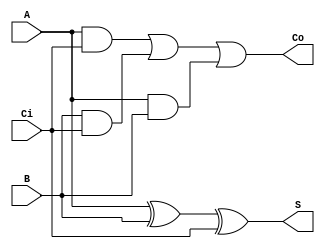
`timescale 1ns / 1ns

module FA1(A, B, Ci, Co, S);

    input A, B, Ci;
    output Co, S;

    wire N1, N2, N3;

    xor Xor_1(S, A, B, Ci);
    and And_1(N1, A, Ci);
    and And_2(N2, B, Ci);
    and And_3(N3, A, B);
    or Or1(Co, N1, N2, N3);

endmodule